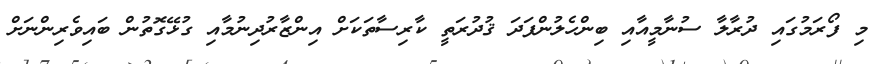
މި ފޯރަމުގައި ދުރާލާ ސުނާމީއާއި ބިންހެލުންފަދަ ޤުދުރަތީ ކާރިސާތަކަށް އިންޒާރުދިނުމާއި ގުޅޭގޮތުން ބައިވެރިންނަށް